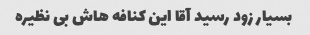
بسیار زود رسید آقا این کنافه هاش بی نظیره